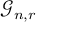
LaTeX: { \mathcal { G } } _ { n , r }